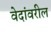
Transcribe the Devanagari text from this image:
वेदांवरील